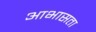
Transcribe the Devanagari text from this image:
आभासता